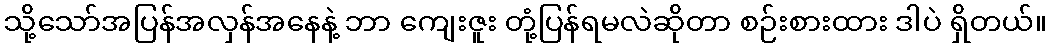
သို့သော်အပြန်အလှန်အနေနဲ့ ဘာ ကျေးဇူး တုံ့ပြန်ရမလဲဆိုတာ စဉ်းစားထား ဒါပဲ ရှိတယ်။